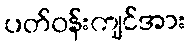
ပတ်ဝန်းကျင်အား